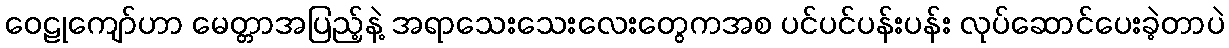
ဝေဠုကျော်ဟာ မေတ္တာအပြည့်နဲ့ အရာသေးသေးလေးတွေကအစ ပင်ပင်ပန်းပန်း လုပ်ဆောင်ပေးခဲ့တာပဲ